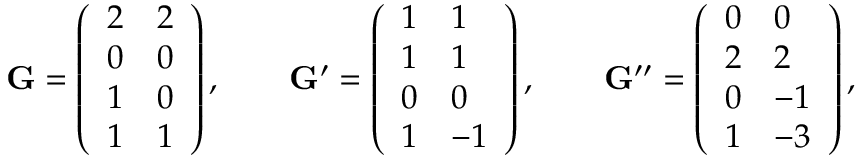
\mathbf G = \left( \begin{array} { l l } { 2 } & { 2 } \\ { 0 } & { 0 } \\ { 1 } & { 0 } \\ { 1 } & { 1 } \end{array} \right) , \qquad \mathbf G ^ { \prime } = \left( \begin{array} { l l } { 1 } & { 1 } \\ { 1 } & { 1 } \\ { 0 } & { 0 } \\ { 1 } & { - 1 } \end{array} \right) , \qquad \mathbf G ^ { \prime \prime } = \left( \begin{array} { l l } { 0 } & { 0 } \\ { 2 } & { 2 } \\ { 0 } & { - 1 } \\ { 1 } & { - 3 } \end{array} \right) , \qquad